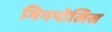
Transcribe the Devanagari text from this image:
मिनपोलिस